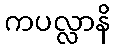
ကပလ္လာနိ